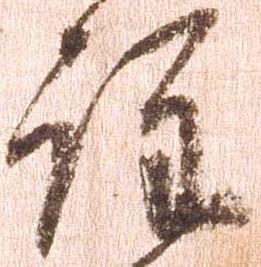
注